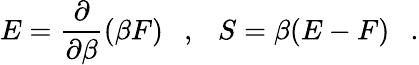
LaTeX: E={\frac{\partial}{\partial\beta}}(\beta F)~~~,~~~S=\beta(E-F)~~~.